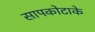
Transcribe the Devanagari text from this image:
सापकोटाके